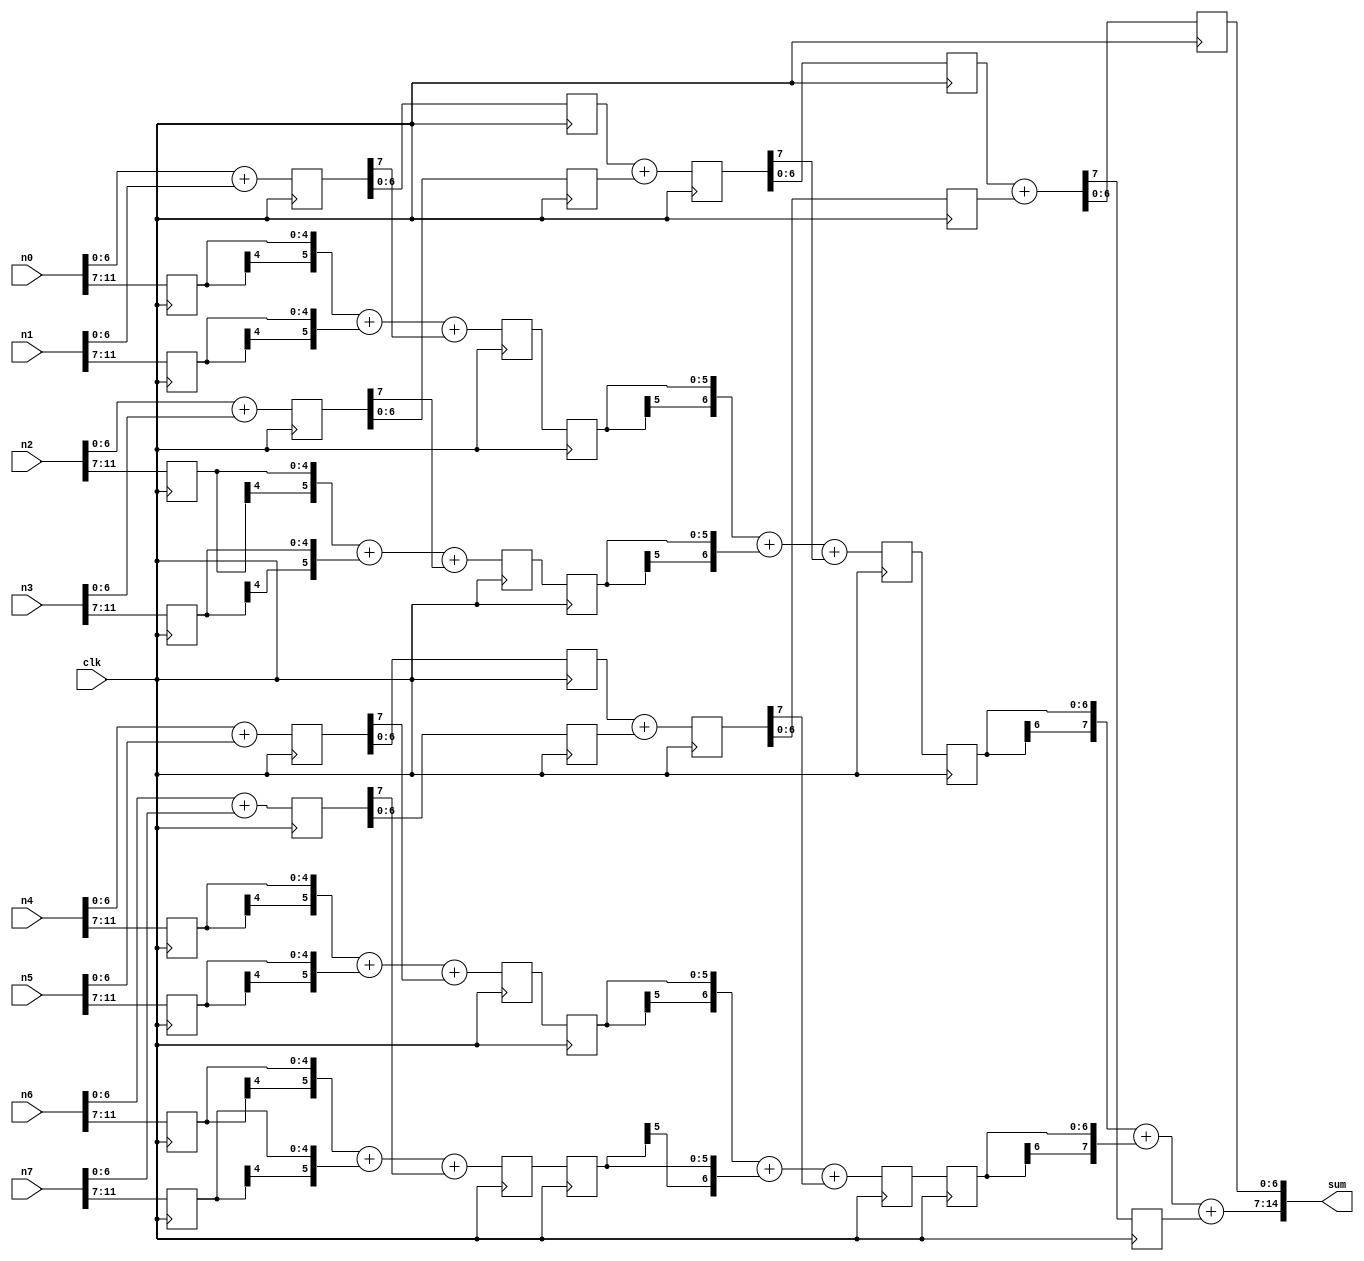
module adder12 (	clk,
					n0, n1, n2, n3, n4, n5, n6, n7,
					sum
				) ;

input			clk ;
input	[11:0]	n0, n1, n2, n3, n4, n5, n6, n7 ;
output	[14:0]	sum ;

wire 	[7:0] 	s00_lsb ;
wire 	[7:0] 	s01_lsb ;
wire 	[7:0] 	s02_lsb ;
wire 	[7:0] 	s03_lsb ;
wire 	[5:0] 	s00_msb ;
wire 	[5:0] 	s01_msb ;
wire 	[5:0] 	s02_msb ;
wire 	[5:0] 	s03_msb ;
wire 	[7:0] 	s10_lsb ;
wire 	[7:0] 	s11_lsb ;
wire 	[6:0] 	s10_msb ;
wire 	[6:0] 	s11_msb ;
wire 	[7:0] 	s20_lsb ;

reg 	[11:7] 	n0_reg1 ;
reg 	[11:7] 	n1_reg1 ;
reg 	[11:7] 	n2_reg1 ;
reg 	[11:7] 	n3_reg1 ;
reg 	[11:7] 	n4_reg1 ;
reg 	[11:7] 	n5_reg1 ;
reg 	[11:7] 	n6_reg1 ;
reg 	[11:7] 	n7_reg1 ;
reg 	[7:0] 	s00_lsbreg1 ;
reg 	[7:0] 	s01_lsbreg1 ;
reg 	[7:0] 	s02_lsbreg1 ;
reg 	[7:0] 	s03_lsbreg1 ;
reg 	[5:0] 	s00_msbreg2 ;
reg 	[5:0] 	s01_msbreg2 ;
reg 	[5:0] 	s02_msbreg2 ;
reg 	[5:0]	s03_msbreg2 ;
reg 	[6:0] 	s00_lsbreg2 ;
reg 	[6:0] 	s01_lsbreg2 ;
reg 	[6:0] 	s02_lsbreg2 ;
reg 	[6:0] 	s03_lsbreg2 ;
reg 	[7:0] 	s10_lsbreg3 ;
reg 	[7:0] 	s11_lsbreg3 ;
reg		[5:0] 	s00_msbreg3 ;
reg 	[5:0] 	s01_msbreg3 ;
reg 	[5:0] 	s02_msbreg3 ;
reg 	[5:0] 	s03_msbreg3 ;
reg 	[6:0] 	s10_lsbreg4 ;
reg 	[6:0] 	s11_lsbreg4 ;
reg 	[6:0] 	s10_msbreg4 ;
reg 	[6:0] 	s11_msbreg4 ;
reg 	[6:0] 	s10_msbreg5 ;
reg 	[6:0] 	s11_msbreg5 ;
reg 			s20_lsbreg5cy ;
reg 	[6:0] 	s20_lsbreg5 ;

//First Stage Addition

assign s00_lsb[7:0] = n0[6:0]+n1[6:0] ;
assign s01_lsb[7:0] = n2[6:0]+n3[6:0] ;
assign s02_lsb[7:0] = n4[6:0]+n5[6:0] ;
assign s03_lsb[7:0] = n6[6:0]+n7[6:0] ;

always @ (posedge clk)

begin
	n0_reg1[11:7] <= n0[11:7] ;
	n1_reg1[11:7] <= n1[11:7] ;
	n2_reg1[11:7] <= n2[11:7] ;
	n3_reg1[11:7] <= n3[11:7] ;
	n4_reg1[11:7] <= n4[11:7] ;
	n5_reg1[11:7] <= n5[11:7] ;
	n6_reg1[11:7] <= n6[11:7] ;
	n7_reg1[11:7] <= n7[11:7] ;
	s00_lsbreg1[7:0] <= s00_lsb[7:0] ;
	s01_lsbreg1[7:0] <= s01_lsb[7:0] ;
	s02_lsbreg1[7:0] <= s02_lsb[7:0] ;
	s03_lsbreg1[7:0] <= s03_lsb[7:0] ;
end

assign s00_msb[5:0] = {n0_reg1[11], n0_reg1[11:7]}+
					  {n1_reg1[11], n1_reg1[11:7]}+s00_lsbreg1[7] ;
assign s01_msb[5:0] = {n2_reg1[11], n2_reg1[11:7]}+
					  {n3_reg1[11], n3_reg1[11:7]}+s01_lsbreg1[7] ;
assign s02_msb[5:0] = {n4_reg1[11], n4_reg1[11:7]}+
					  {n5_reg1[11], n5_reg1[11:7]}+s02_lsbreg1[7] ;
assign s03_msb[5:0] = {n6_reg1[11], n6_reg1[11:7]}+
					  {n7_reg1[11], n7_reg1[11:7]}+s03_lsbreg1[7] ;
					  
always @ (posedge clk)

begin
	s00_msbreg2[5:0] <= s00_msb[5:0] ;
	s01_msbreg2[5:0] <= s01_msb[5:0] ;
	s02_msbreg2[5:0] <= s02_msb[5:0] ;
	s03_msbreg2[5:0] <= s03_msb[5:0] ;
	s00_lsbreg2[6:0] <= s00_lsbreg1[6:0] ;
	s01_lsbreg2[6:0] <= s01_lsbreg1[6:0] ;
	s02_lsbreg2[6:0] <= s02_lsbreg1[6:0] ;
	s03_lsbreg2[6:0] <= s03_lsbreg1[6:0] ;
end

//Second Stage Addition

assign s10_lsb[7:0] = s00_lsbreg2[6:0]+s01_lsbreg2[6:0] ;
assign s11_lsb[7:0] = s02_lsbreg2[6:0]+s03_lsbreg2[6:0] ;

always @ (posedge clk)

begin
	s10_lsbreg3[7:0] <= s10_lsb[7:0] ;
	s11_lsbreg3[7:0] <= s11_lsb[7:0] ;
	s00_msbreg3[5:0] <= s00_msbreg2[5:0] ;
	s01_msbreg3[5:0] <= s01_msbreg2[5:0] ;
	s02_msbreg3[5:0] <= s02_msbreg2[5:0] ;
	s03_msbreg3[5:0] <= s03_msbreg2[5:0] ;
end

assign s10_msb[6:0] = 	{s00_msbreg3[5],
						s00_msbreg3[5:0]}+{s01_msbreg3[5],
						s01_msbreg3[5:0]}+s10_lsbreg3[7] ;
assign s11_msb[6:0] =	{s02_msbreg3[5], s02_msbreg3[5:0]}+
						{s03_msbreg3[5], s03_msbreg3[5:0]}+
						s11_lsbreg3[7] ;

always @ (posedge clk)

begin
	s10_lsbreg4[6:0] <= s10_lsbreg3[6:0] ;
	s11_lsbreg4[6:0] <= s11_lsbreg3[6:0] ;
	s10_msbreg4[6:0] <= s10_msb[6:0] ;
	s11_msbreg4[6:0] <= s11_msb[6:0] ;
end

//Third Stage Addition

assign s20_lsb[7:0] = s10_lsbreg4[6:0]+s11_lsbreg4[6:0] ;

always @ (posedge clk)

begin
	s10_msbreg5[6:0] 	<= s10_msbreg4[6:0] ;
	s11_msbreg5[6:0] 	<= s11_msbreg4[6:0] ;
	s20_lsbreg5cy 		<= s20_lsb[7] ;
	s20_lsbreg5[6:0]	<= s20_lsb[6:0] ;
end

assign sum[14:0] = {({s10_msbreg5[6], s10_msbreg5[6:0]}+
					{s11_msbreg5[6], s11_msbreg5[6:0]}+
					s20_lsbreg5cy), s20_lsbreg5[6:0]} ;
endmodule